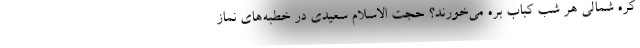
کره شمالی هر شب کباب بره می‌خورند؟ حجت الاسلام سعیدی در خطبه‌های نماز